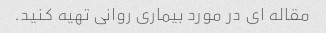
مقاله ای در مورد بیماری روانی تهیه کنید.